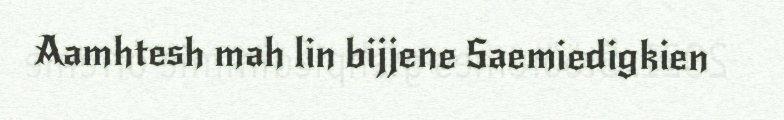
Aamhtesh mah lin bijjene Saemiedigkien